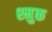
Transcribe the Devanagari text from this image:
श्मुक